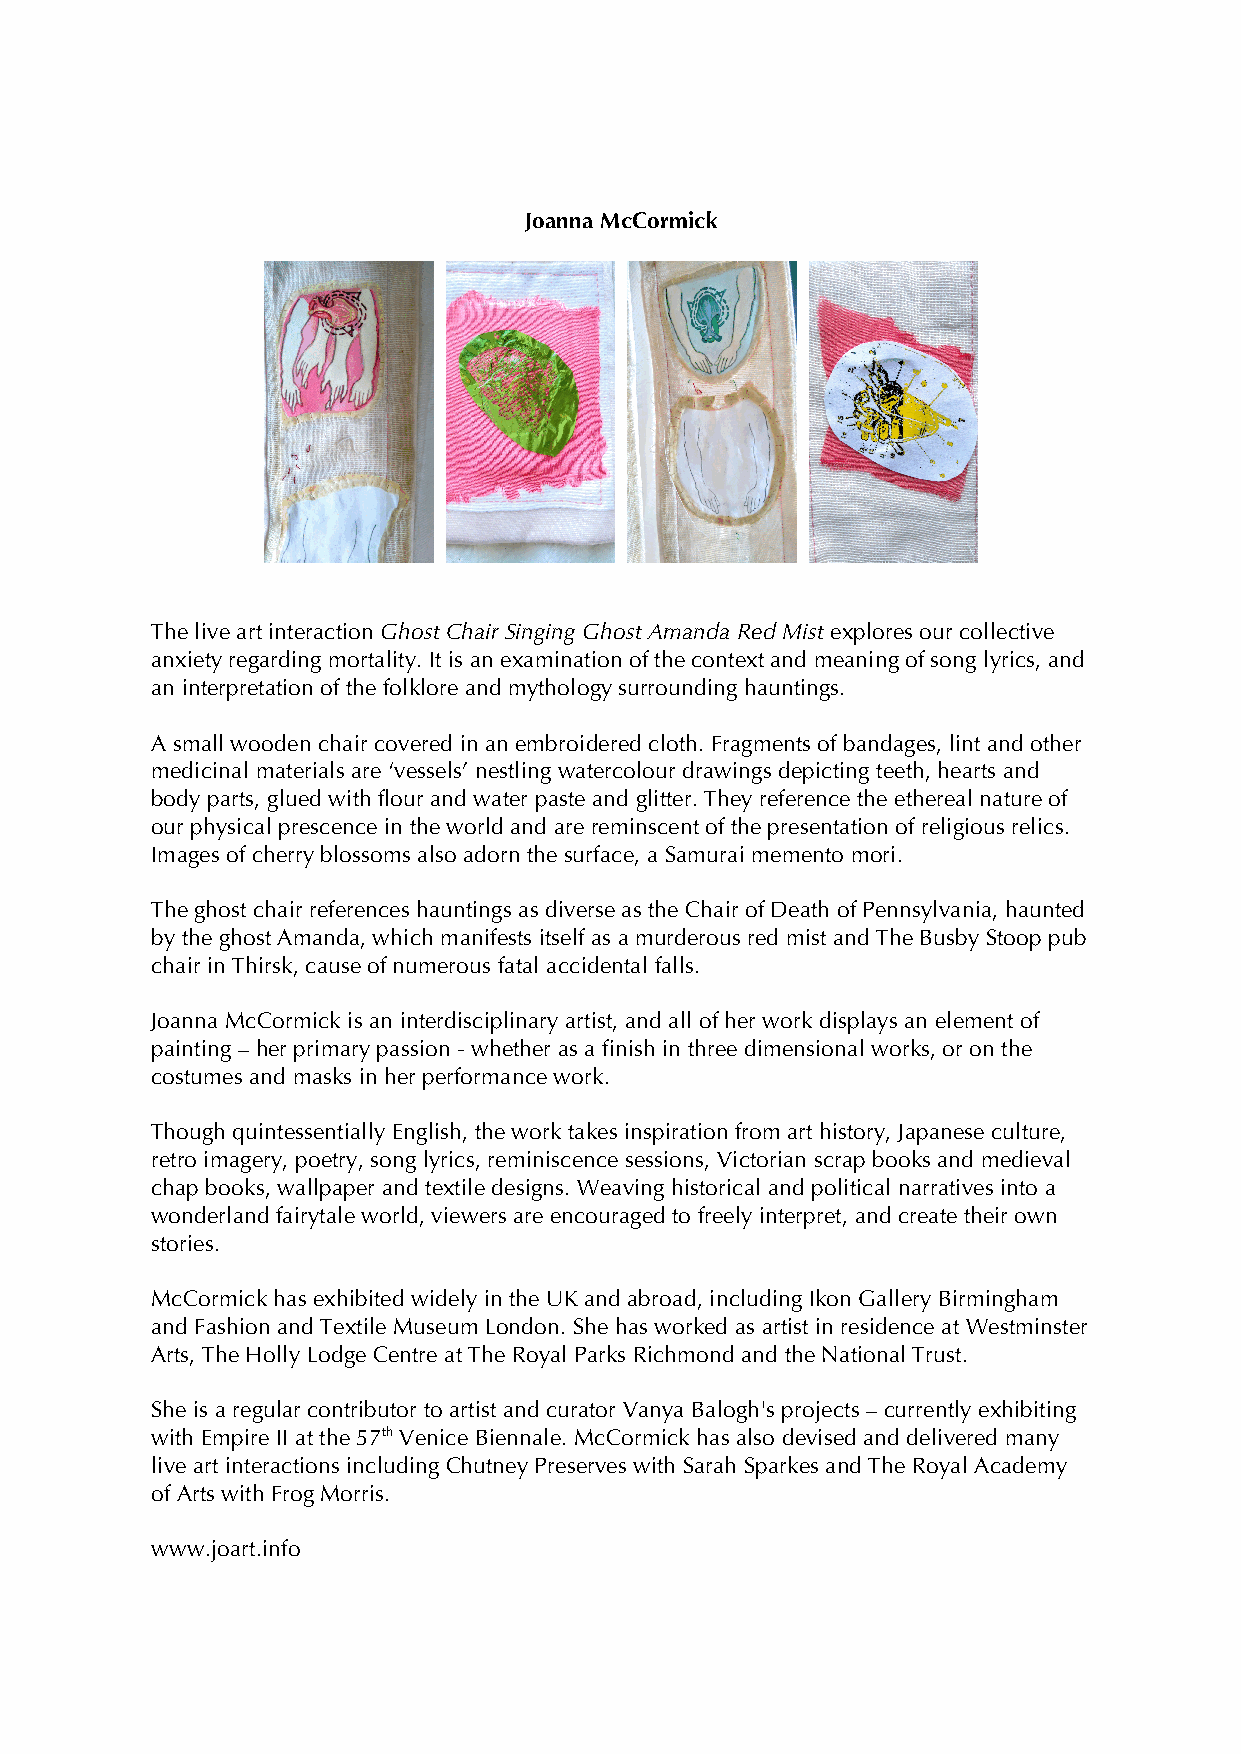
Joanna McCormick
 The live art interaction Ghost Chair Singing Ghost Amanda Red Mist explores our collective
 anxiety regarding mortality. It is an examination of the context and meaning of song lyrics, and
 an interpretation of the folklore and mythology surrounding hauntings.
 A small wooden chair covered in an embroidered cloth. Fragments of bandages, lint and other
 medicinal materials are ‘vessels’ nestling watercolour drawings depicting teeth, hearts and
 body parts, glued with flour and water paste and glitter. They reference the ethereal nature of
 our physical prescence in the world and are reminscent of the presentation of religious relics.
 Images of cherry blossoms also adorn the surface, a Samurai memento mori.
 The ghost chair references hauntings as diverse as the Chair of Death of Pennsylvania, haunted
 by the ghost Amanda, which manifests itself as a murderous red mist and The Busby Stoop pub
 chair in Thirsk, cause of numerous fatal accidental falls.
 Joanna McCormick is an interdisciplinary artist, and all of her work displays an element of
 painting – her primary passion - whether as a finish in three dimensional works, or on the
 costumes and masks in her performance work.
 Though quintessentially English, the work takes inspiration from art history, Japanese culture,
 retro imagery, poetry, song lyrics, reminiscence sessions, Victorian scrap books and medieval
 chap books, wallpaper and textile designs. Weaving historical and political narratives into a
 wonderland fairytale world, viewers are encouraged to freely interpret, and create their own
 stories.
 McCormick has exhibited widely in the UK and abroad, including Ikon Gallery Birmingham
 and Fashion and Textile Museum London. She has worked as artist in residence at Westminster
 Arts, The Holly Lodge Centre at The Royal Parks Richmond and the National Trust.
 She is a regular contributor to artist and curator Vanya Balogh's projects – currently exhibiting
 with Empire II at the 57th Venice Biennale. McCormick has also devised and delivered many
 live art interactions including Chutney Preserves with Sarah Sparkes and The Royal Academy
 of Arts with Frog Morris.
 www.joart.info